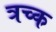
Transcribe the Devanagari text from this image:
त्रच्क